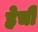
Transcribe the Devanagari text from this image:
हेची